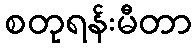
စတုရန်းမီတာ